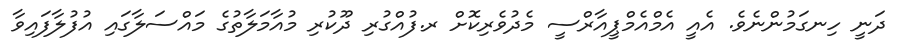
ދަނީ ހިނގަމުންނެވެ. އެއީ އެމްއެމްޕީއާރްސީ މެދުވެރިކޮށް ރ.ފުއްގުރި ދޫކުރި މުއާމަލާތުގެ މައްސަލާގައި އުފުލާފައިވާ